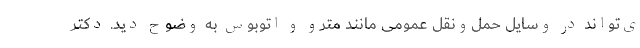
ی‌تواند در وسایل حمل‌ونقل عمومی مانند مترو و اتوبوس به وضوح دید. دکتر